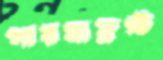
পারমাফ্রস্ট